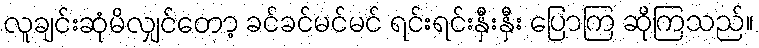
လူချင်းဆုံမိလျှင်တော့ ခင်ခင်မင်မင် ရင်းရင်းနှီးနှီး ပြောကြ ဆိုကြသည်။